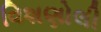
વિશણોલી